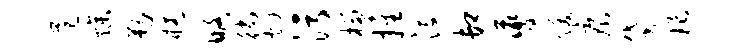
范燥勒橘略徜灼污榴推没卸夔跋痕贷琅